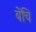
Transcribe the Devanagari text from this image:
बेंचि